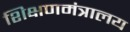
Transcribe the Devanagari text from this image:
शिक्षणमंत्रालय